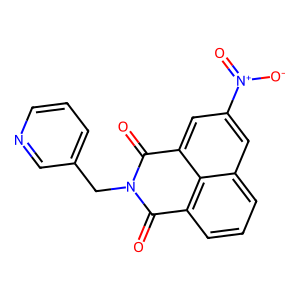
SMILES: O=C1c2cccc3cc([N+](=O)[O-])cc(c23)C(=O)N1Cc1cccnc1
Inhibits HIV replication: No